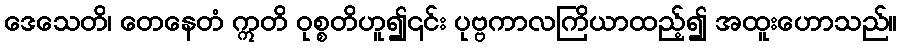
ဒေသေတိ၊ တေနေတံ ဣတိ ဝုစ္စတိဟူ၍၎င်း ပုဗ္ဗကာလကြိယာထည့်၍ အထူးဟောသည်။